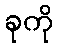
ခုကို